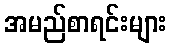
အမည်စာရင်းများ